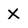
Character: x